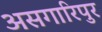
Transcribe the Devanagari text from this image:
असगारिपुर